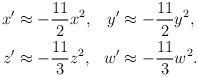
LaTeX: \begin{align*}\begin{aligned}x'&\approx-\frac{11}{2}x^2, & y'&\approx-\frac{11}{2}y^2,\\z'&\approx-\frac{11}{3}z^2, & w'&\approx-\frac{11}{3}w^2.\end{aligned}\end{align*}